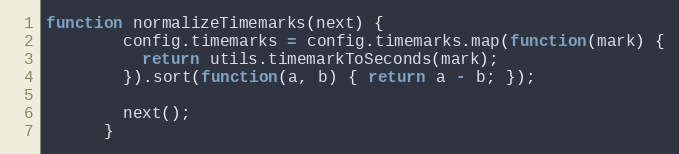
Language: JavaScript
function normalizeTimemarks(next) {
        config.timemarks = config.timemarks.map(function(mark) {
          return utils.timemarkToSeconds(mark);
        }).sort(function(a, b) { return a - b; });

        next();
      }